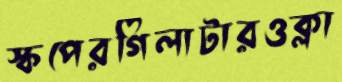
স্কপেরগিলাটারওক্লা